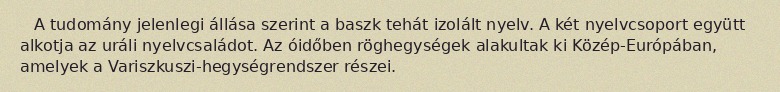
A tudomány jelenlegi állása szerint a baszk tehát izolált nyelv. A két nyelvcsoport együtt alkotja az uráli nyelvcsaládot. Az óidőben röghegységek alakultak ki Közép-Európában, amelyek a Variszkuszi-hegységrendszer részei.